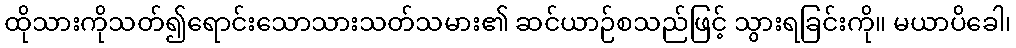
ထိုသားကိုသတ်၍ရောင်းသောသားသတ်သမား၏ ဆင်ယာဉ်စသည်ဖြင့် သွားရခြင်းကို။ မယာပိခေါ၊